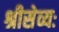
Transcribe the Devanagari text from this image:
श्रीसेव्यः